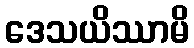
ဒေသယိဿာမိ